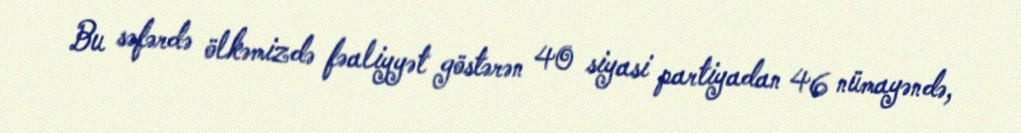
Bu səfərdə ölkəmizdə fəaliyyət göstərən 40 siyasi partiyadan 46 nümayəndə,